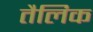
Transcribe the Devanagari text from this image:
तैलिक